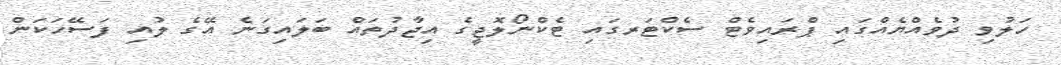
ހަލުވި ދުވެއްޔެއްގައި ޕްރައިވެޓް ސެކްޓަރގައި ޓެކްނޯލޮޖީގެ އިޖާދުތައް ބަލައިގަނެ އޭގެ ލުއި ފަސޭހަކަން